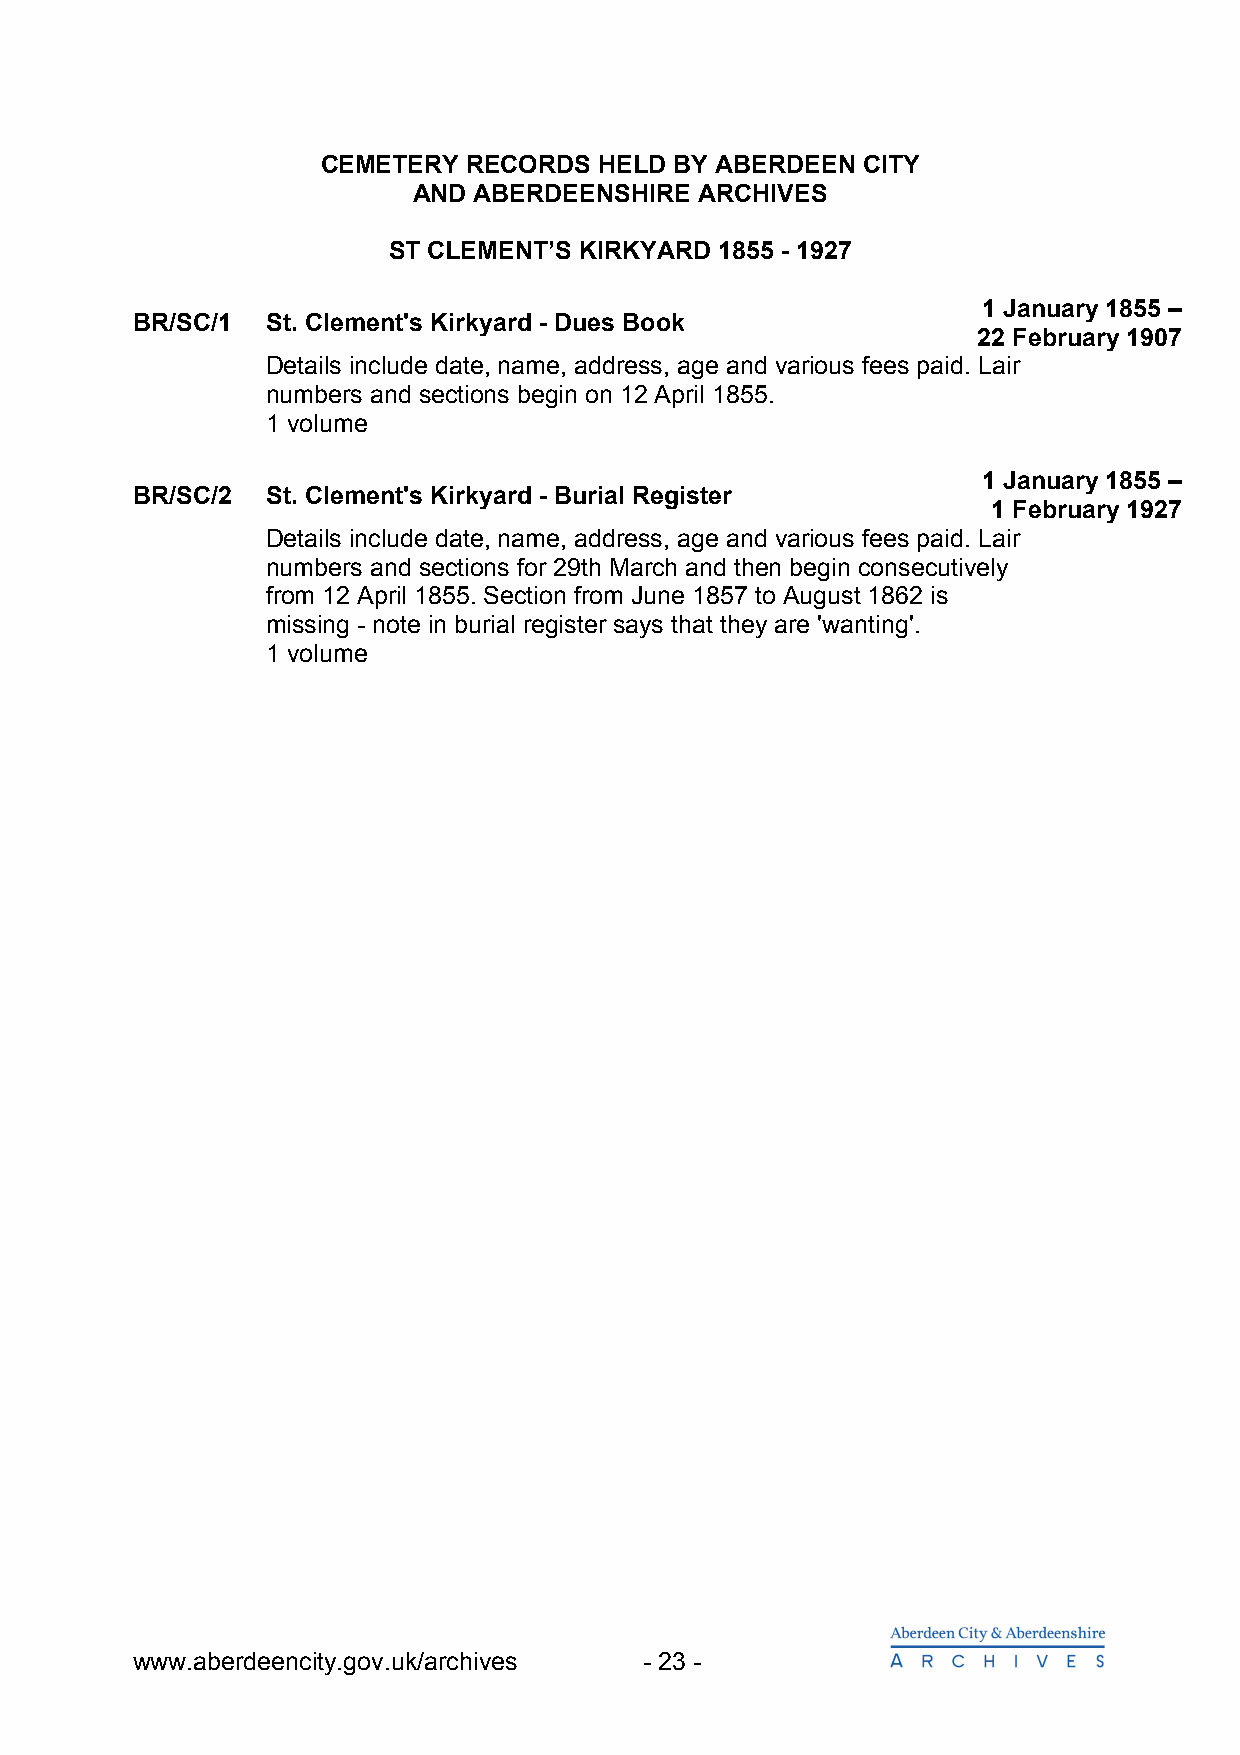
CEMETERY  RECORDS  HELD BY ABERDEEN CITY
 AND ABERDEENSHIRE  ARCHIVES
 ST CLEMENT’S KIRKYARD 1855 - 1927
 1 January 1855 –
 BR/SC/1  St. Clement's Kirkyard - Dues Book
 22 February 1907
 Details include date, name, address, age and various fees paid. Lair
 numbers and sections begin on 12 April 1855.
 1 volume
 1 January 1855 –
 BR/SC/2  St. Clement's Kirkyard - Burial Register
 1 February 1927
 Details include date, name, address, age and various fees paid. Lair
 numbers and sections for 29th March and then begin consecutively
 from 12 April 1855. Section from June 1857 to August 1862 is
 missing - note in burial register says that they are 'wanting'.
 1 volume
 www.aberdeencity.gov.uk/archives  - 23 -